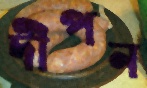
দীপন